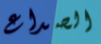
الصداع